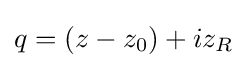
q=(z-z_{0})+iz_{R}